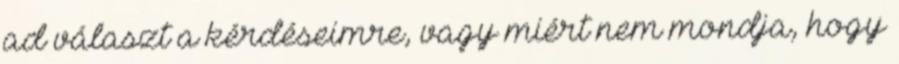
ad választ a kérdéseimre, vagy miért nem mondja, hogy